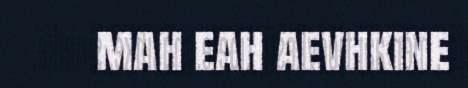
mah eah aevhkine